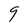
Character: 9